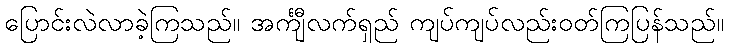
ပြောင်းလဲလာခဲ့ကြသည်။ အင်္ကျီလက်ရှည် ကျပ်ကျပ်လည်းဝတ်ကြပြန်သည်။